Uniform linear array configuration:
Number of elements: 48
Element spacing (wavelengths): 0.5
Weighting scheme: cosine
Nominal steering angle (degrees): -15
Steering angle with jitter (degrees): -15.205
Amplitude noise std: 0.05
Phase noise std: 0.05

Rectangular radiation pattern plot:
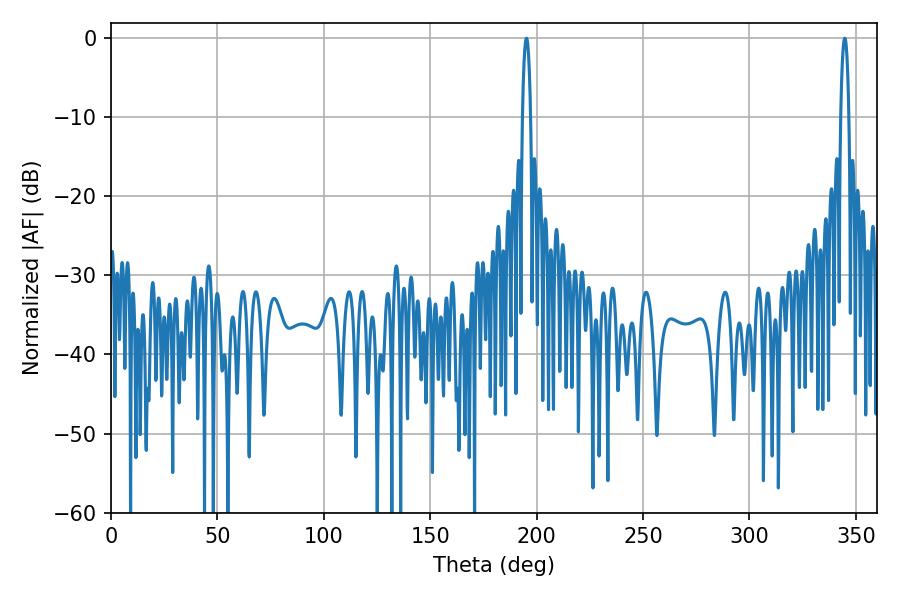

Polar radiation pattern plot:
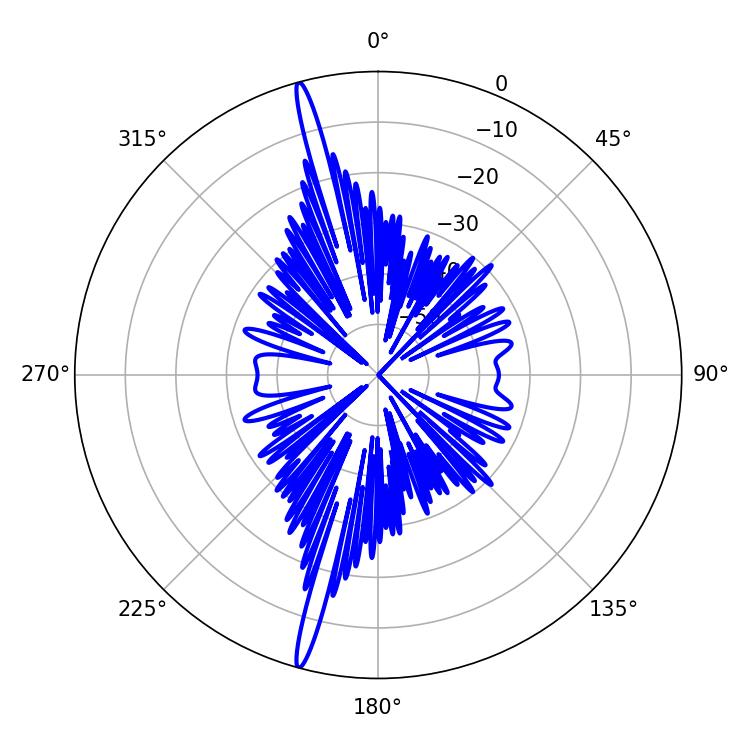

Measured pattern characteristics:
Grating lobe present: FALSE
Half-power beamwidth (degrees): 1.98
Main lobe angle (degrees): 344.7